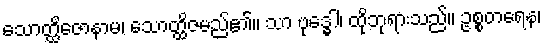
သောတ္ထိဇောနာမ၊ သောတ္ထိဇမည်၏။ သာ ဗုဒ္ဓေါ၊ ထိုဘုရားသည်။ ဥစ္စတရေန၊